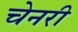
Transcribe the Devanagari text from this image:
चेनरी